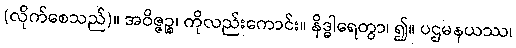
(လိုက်စေသည်)။ အဝိဇ္ဇဉ္စ၊ ကိုလည်းကောင်း။ နိဒ္ဓါရေတွာ၊ ၍။ ပဌမနယဿ၊